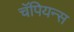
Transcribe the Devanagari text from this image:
चॅपियन्स